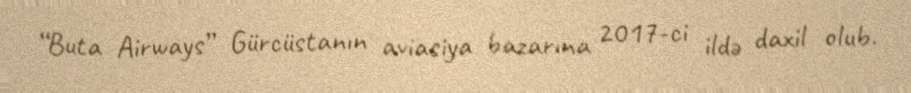
“Buta Airways” Gürcüstanın aviasiya bazarına 2017-ci ildə daxil olub.